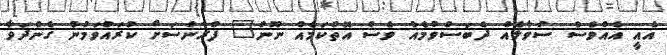
އެއީ އެއްވެސް ސުވާލެއް ދެބަސްވުމެއް ވެސް އޮތްކަމެއް ނޫން" ފްރާންސަށް ކުރައްވަމުން ގެންދަވާ